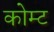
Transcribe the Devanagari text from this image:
कोम्ट